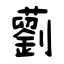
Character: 藰